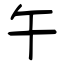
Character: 午